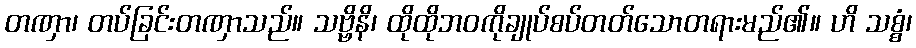
တဏှာ၊ တပ်ခြင်းတဏှာသည်။ သဗ္ဗိနိ၊ ထိုထိုဘဝကိုချုပ်စပ်တတ်သောတရားမည်၏။ ဟိ သစ္စံ၊